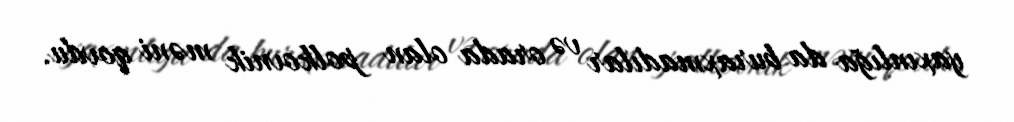
yaxınlığa da buraxmadılar və orada olan polkovnik məni qovdu.